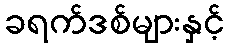
ခရက်ဒစ်များနှင့်